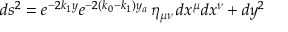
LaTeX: d s ^ { 2 } = e ^ { - 2 k _ { 1 } y } e ^ { - 2 ( k _ { 0 } - k _ { 1 } ) y _ { a } } \, \eta _ { \mu \nu } \, d x ^ { \mu } d x ^ { \nu } + d y ^ { 2 }